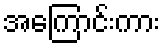
အကြောင်းကား